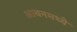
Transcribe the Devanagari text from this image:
आयनमध्ये